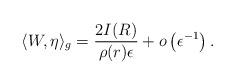
LaTeX: \begin{align*}\langle W, \eta \rangle_g &= \frac{2 I(R)}{\rho(r)\epsilon} + o\left(\epsilon^{-1}\right).\end{align*}